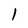
Character: 1